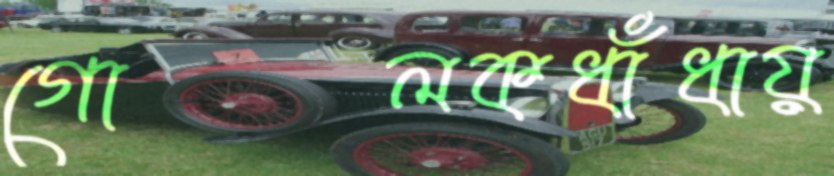
গোলকধাঁধায়